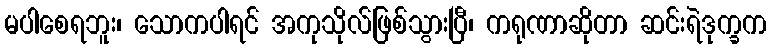
မပါစေရဘူး၊ သောကပါရင် အကုသိုလ်ဖြစ်သွားပြီ၊ ကရုဏာဆိုတာ ဆင်းရဲဒုက္ခက